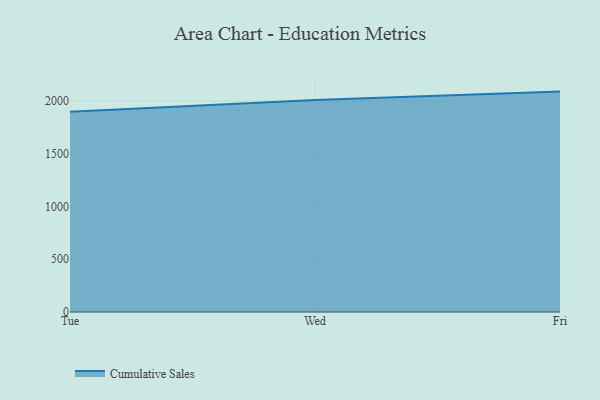
{"axis": {"x": "Day", "y": "Population (Million)"}, "legend": ["Cumulative Sales"], "data": [{"x": "Tue", "y": 1899.5, "type": "Cumulative Sales"}, {"x": "Wed", "y": 2010.0, "type": "Cumulative Sales"}, {"x": "Fri", "y": 2089.4, "type": "Cumulative Sales"}]}